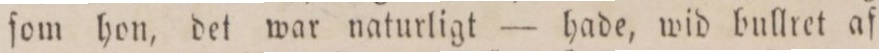
ſom hon, det war naturligt — hade, wid bullret af